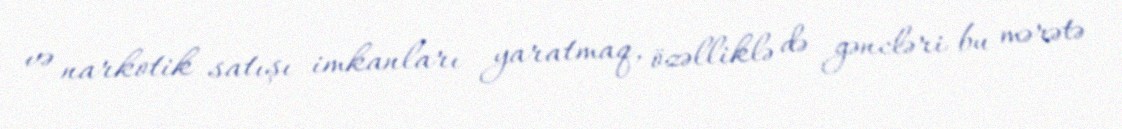
və narkotik satışı imkanları yaratmaq, özəlliklə də gəncləri bu mərətə